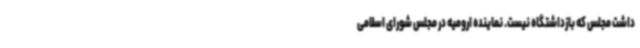
داشت مجلس که بازداشتگاه نیست. نماینده ارومیه در مجلس شورای اسلامی